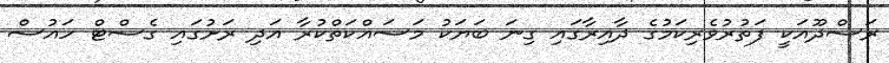
ރަސްދޫއަކީ ފަތުރުވެރިކަމުގެ ދާއިރާގައި ގިނަ ބަޔަކު މަސައްކަތްކުރާ އަދި ރަށުގައި ގެސްޓް ހައުސް